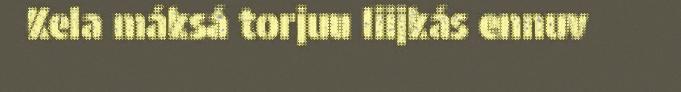
Kela máksá torjuu liijkás ennuv